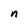
Character: n